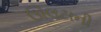
ઊલટાની